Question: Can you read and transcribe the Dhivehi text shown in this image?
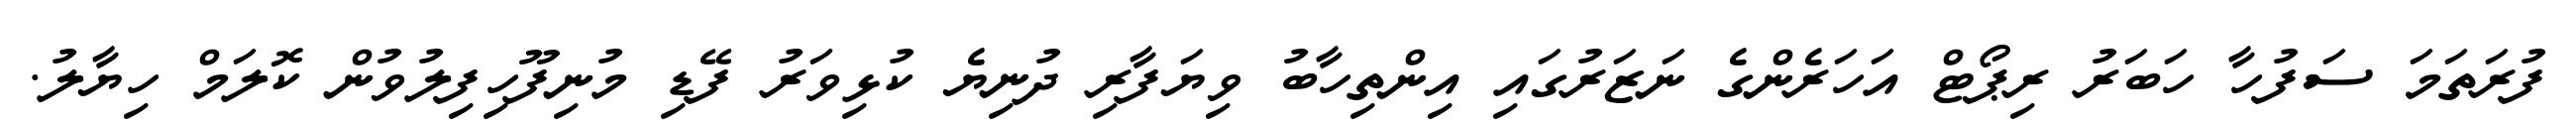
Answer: ފުރަތަމަ ސަފުހާ ހަބަރު ރިޕޯޓް އަހަރެންގެ ނަޒަރުގައި އިންތިހާބު ވިޔަފާރި ދުނިޔެ ކުޅިވަރު ފޭޑި މުނިފޫހިފިލުވުން ކޮލަމް ހިޔާލު.